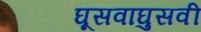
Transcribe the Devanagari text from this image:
घूसवाघुसवी